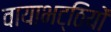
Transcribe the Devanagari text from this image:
वायाभट्ठियों